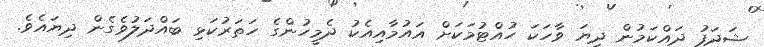
ޝަދަފު ދައްކަމުން ދިޔަ ވާހަކަ ހުއްޓުމަކަށް އައުމާއިއެކު ދެމީހުންގެ ހަތަރުކަޅި ބައްދަލުވެގެން ދިޔައެވެ.